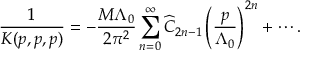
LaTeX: \frac { 1 } { K ( p , p , p ) } = - { \frac { M \Lambda _ { 0 } } { 2 \pi ^ { 2 } } } \sum _ { n = 0 } ^ { \infty } \widehat C _ { 2 n - 1 } \left( { \frac { p } { \Lambda _ { 0 } } } \right) ^ { 2 n } + \cdots .